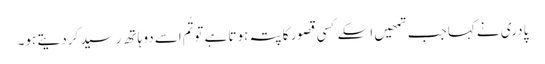
پادری نے کہا جب تمھیں اسکے کسی قصور کا پتہ ہوتا ہے تو تُم اسے دو ہاتھ رسید کر دیتے ہو۔